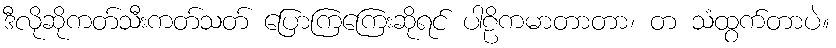
ဒီလိုဆိုကတ်သီးကတ်သတ် ပြောကြကြေးဆိုရင် ပါဠိကမာတာတာ၊ တ သံထွက်တာပဲ။